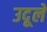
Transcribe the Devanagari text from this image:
उदूले